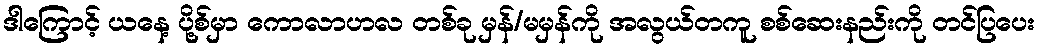
ဒါကြောင့် ယနေ့ ပို့စ်မှာ ကောလာဟလ တစ်ခု မှန်/မမှန်ကို အလွယ်တကူ စစ်ဆေးနည်းကို တင်ပြပေး